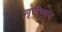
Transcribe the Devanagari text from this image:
प्रवृत्तीच्याच